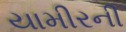
યામીરની